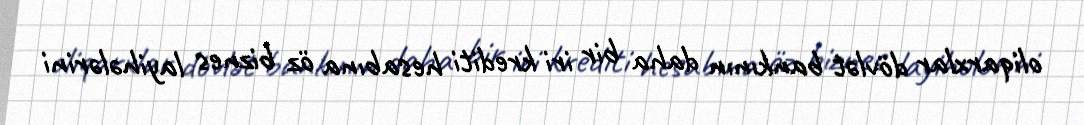
oliqarxlar dövlət bankının daha bir iri krediti hesabına öz biznes layihələrini